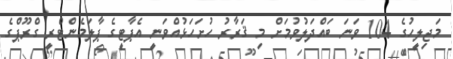
މަޖިލީހުގެ 104 ވަނަ ބައްދަލުވުމަށް މި ޤަރާރު ހުށަހަޅުއްވަނީ އެޕާޓީގެ ޕާލަމެންޓްރީ ގްރޫޕްގެ